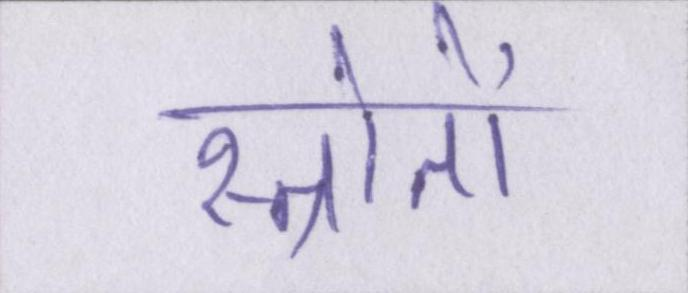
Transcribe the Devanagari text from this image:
स्त्रोतों